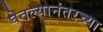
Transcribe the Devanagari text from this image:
घेतल्यानंतरच्या